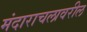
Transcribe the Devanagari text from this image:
मंदाराचलावरील